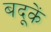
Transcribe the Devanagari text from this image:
बदूकें